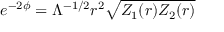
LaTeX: e ^ { - 2 \phi } = \Lambda ^ { - 1 / 2 } r ^ { 2 } \sqrt { Z _ { 1 } ( r ) Z _ { 2 } ( r ) }